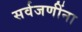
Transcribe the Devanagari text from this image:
सर्वजणींना